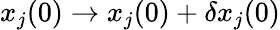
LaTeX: x_{j}(0)\rightarrow x_{j}(0)+\delta x_{j}(0)